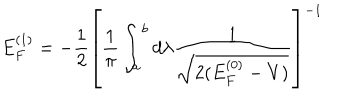
E _ { F } ^ { ( 1 ) } = - \frac { 1 } { 2 } \left[ \frac { 1 } { \pi } \int _ { a } ^ { b } d \lambda \frac { 1 } { \sqrt { 2 ( E _ { F } ^ { ( 0 ) } - V ) } } \right] ^ { - 1 }